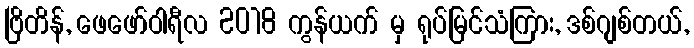
ဗြိတိန်, ဖေဖော်ဝါရီလ 2018 ကွန်ယက် မှ ရုပ်မြင်သံကြား, ဒစ်ဂျစ်တယ်,